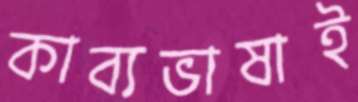
কাব্যভাষাই